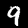
Digit: 9